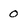
Character: 0